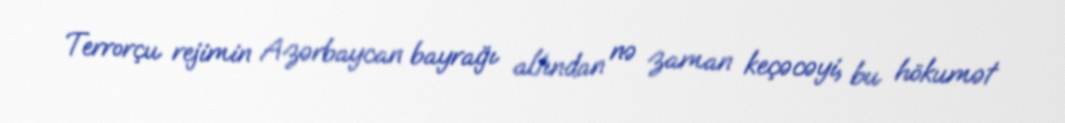
Terrorçu rejimin Azərbaycan bayrağı altından nə zaman keçəcəyi, bu hökumət